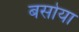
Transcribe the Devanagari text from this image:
बसोया